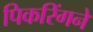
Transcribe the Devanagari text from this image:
पिकरिंगने